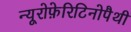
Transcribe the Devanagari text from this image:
न्यूरोफ़ेरिटिनोपैथी